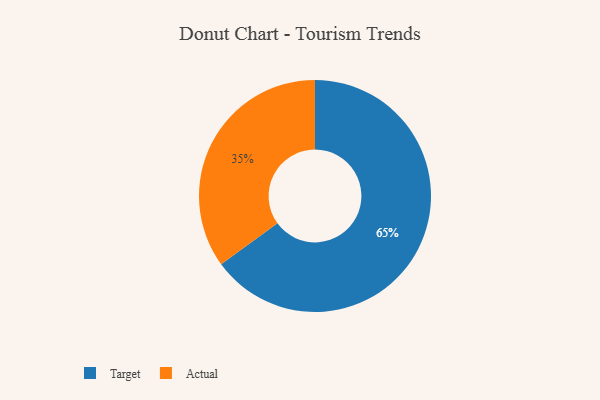
{"axis": {"x": "Category", "y": "Percentage"}, "legend": ["Actual", "Target"], "data": [{"x": "Target", "y": 65, "type": "Target"}, {"x": "Actual", "y": 35, "type": "Actual"}]}